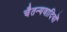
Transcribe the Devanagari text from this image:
चैतन्यवादियों